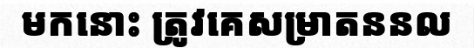
មកនោះ ត្រូវគេសម្រាតននល